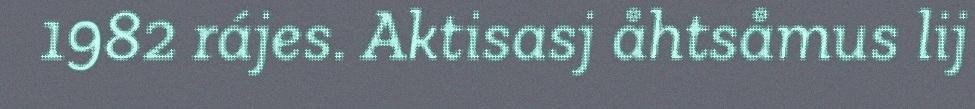
1982 rájes. Aktisasj åhtsåmus lij